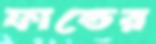
ফান্ডের